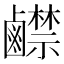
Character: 𪊅